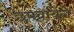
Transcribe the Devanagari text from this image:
छपवायेंगे